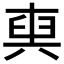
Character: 𠔧